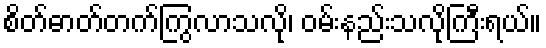
စိတ်ဓာတ်တက်ကြွလာသလို၊ ဝမ်းနည်းသလိုကြီးရယ်။